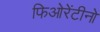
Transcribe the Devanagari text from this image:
फिओरेंटीनो